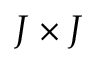
J \times J